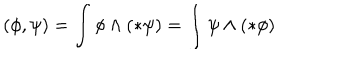
( \phi , \psi ) = \int \phi \wedge ( * \psi ) = \int \psi \wedge ( * \phi )